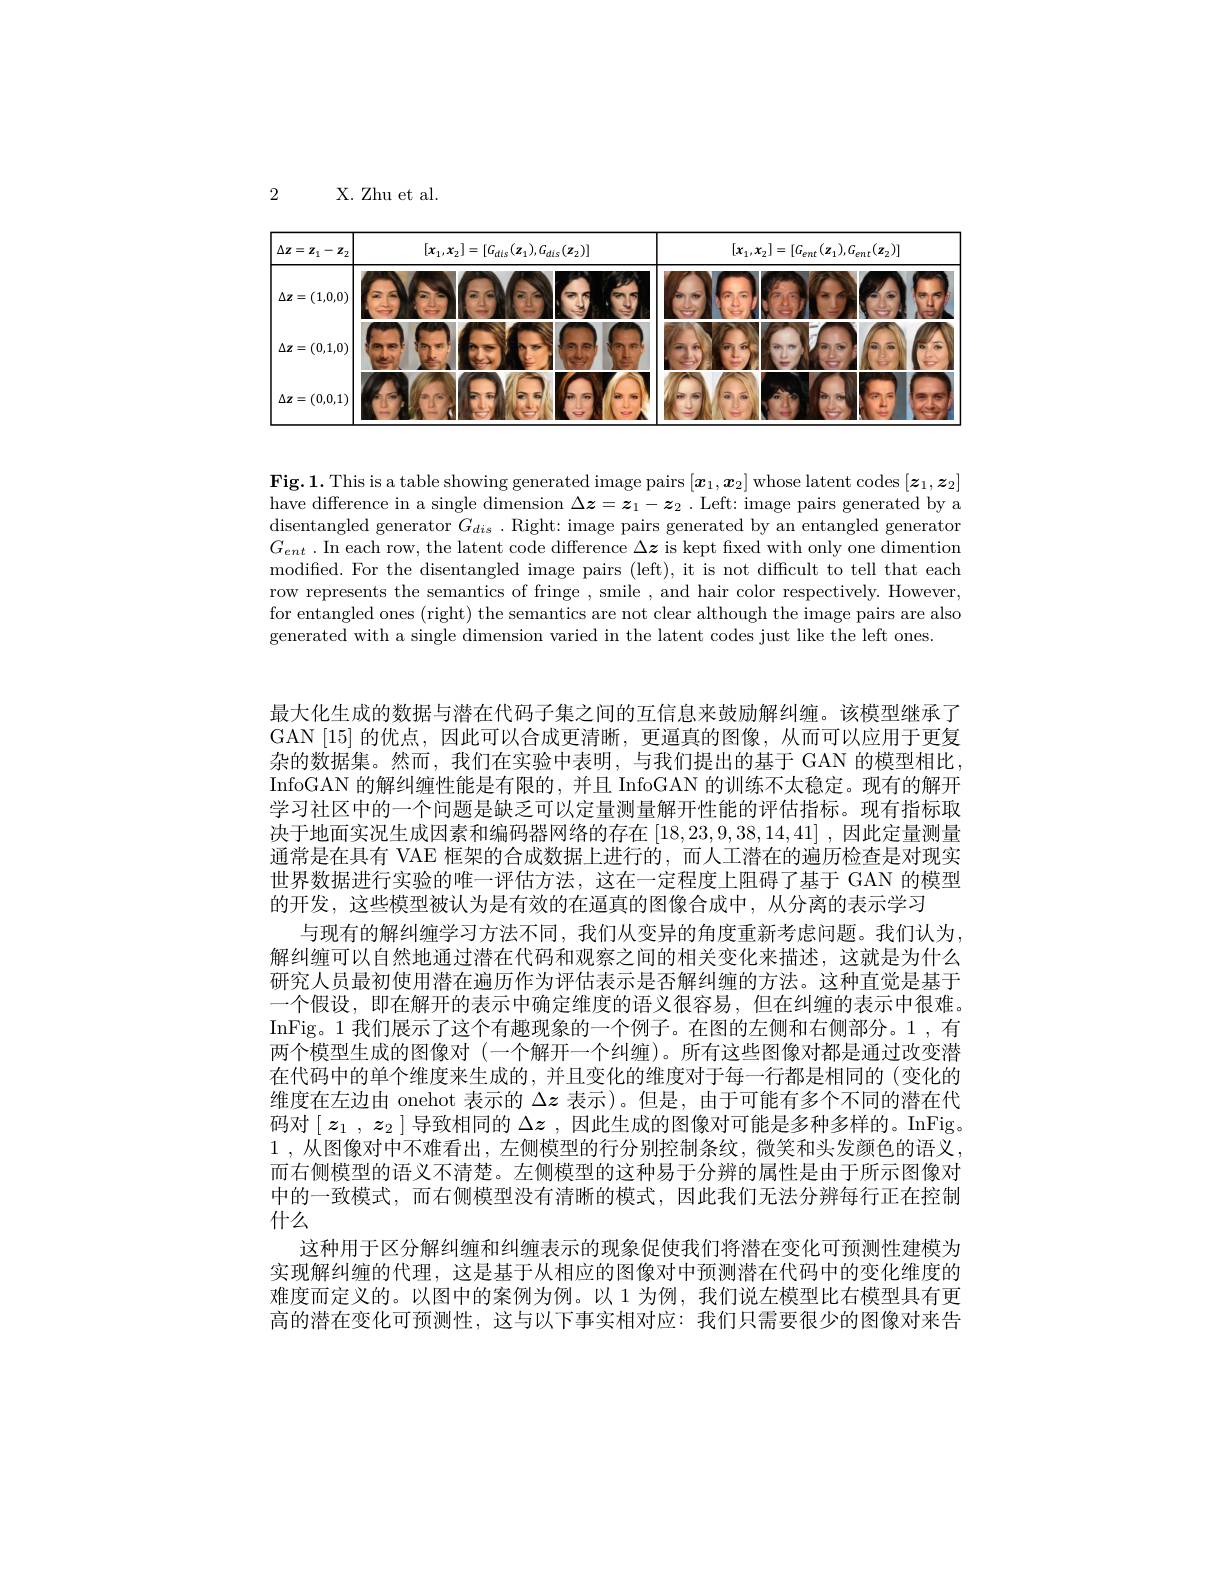
2

X. Zhu et al.

<table>
	<tbody>
		<tr>
			<th>$\Delta\mathbf{z}=\mathbf{z}_{1}-\mathbf{z}_{2}$</th>
			<th>$[x_{1},x_{2}]=[G_{dis}(z_{1}),G_{dis}(z_{2})]$</th>
			<th>$[x_{1},x_{2}]=[G_{\mathrm{ent}}(\mathbf{z}_{1}),G_{\mathrm{ent}}(\mathbf{z}_{2})]$</th>
		</tr>
		<tr>
			<td>$\Delta\mathbf{z}=(1,0,0)$</td>
			<td> </td>
			<td> </td>
		</tr>
		<tr>
			<td>$\Delta\mathbf{z}=(0,1,0)$</td>
			<td> </td>
			<td> </td>
		</tr>
		<tr>
			<td>$\Delta\mathbf{z}=(0,0,1)$</td>
			<td> </td>
			<td> </td>
		</tr>
	</tbody>
</table>

$\mathbf{Fig.1.This~is~a~table~showing~generated~image~pairs~}[\boldsymbol{x}_1,\boldsymbol{x}_2]$ whose latent codes $[\boldsymbol{z}_1,\boldsymbol{z}_2]$ have difference in a single dimension $\Delta\boldsymbol z=\boldsymbol z_1-\boldsymbol z_2$ .Left: image pairs generated by a disentangled generator $G_dis.$ Right: image pairs generated by an entangled generator $G_{ent}$ . In each row, the latent code difference $\Delta\boldsymbol z$ is kept fixed with only one dimention modified. For the disentangled image pairs (left), it is not diffcult to tell that each row represents the semantics of fringe , smile , and hair color respectively. However, for entangled ones (right) the semantics are not clear although the image pairs are also generated with a single dimension varied in the latent codes just like the left ones.

最大化生成的数据与潜在代码子集之间的互信息来鼓励解纠缠。该模型继承了GAN[15]的优点，因此可以合成更清晰，更逼真的图像，从而可以应用于更复杂的数据集。然而，我们在实验中表明，与我们提出的基于 GAN 的模型相比， InfoGAN 的解纠缠性能是有限的，并且 InfoGAN 的训练不太稳定。现有的解开学习社区中的一个问题是缺乏可以定量测量解开性能的评估指标。现有指标取决于地面实况生成因素和编码器网络的存在[18,23,9,38,14,41] ,因此定量测量通常是在具有 VAE 框架的合成数据上进行的，而人工潜在的遍历检查是对现实世界数据进行实验的唯一评估方法，这在一定程度上阻碍了基于 GAN 的模型的开发，这些模型被认为是有效的在逼真的图像合成中，从分离的表示学习
与现有的解纠缠学习方法不同，我们从变异的角度重新考虑问题。我们认为， 解纠缠可以自然地通过潜在代码和观察之间的相关变化来描述，这就是为什么研究人员最初使用潜在遍历作为评估表示是否解纠缠的方法。这种直觉是基于一个假设，即在解开的表示中确定维度的语义很容易，但在纠缠的表示中很难。InFig。1 我们展示了这个有趣现象的一个例子。在图的左侧和右侧部分。1,有两个模型生成的图像对 (一个解开一个纠缠)。所有这些图像对都是通过改变潜在代码中的单个维度来生成的，并且变化的维度对于每一行都是相同的(变化的维度在左边由 onehot 表示的$\Delta z$表示)。但是，由于可能有多个不同的潜在代码对$\left[\boldsymbol{z}_1,\boldsymbol{z}_2\right]$导致相同的 $\Delta\boldsymbol{z}$, 因此生成的图像对可能是多种多样的。InFig 1 , 从 图 像 对 中 不 难 看 出 , 左 侧 模 型 的 行 分 别 控 制 条 纹 , 微 笑 和 头 发 颜 色 的 语 义 , 而右侧模型的语义不清楚。左侧模型的这种易于分辨的属性是由于所示图像对中的一致模式，而右侧模型没有清晰的模式，因此我们无法分辨每行正在控制什么
这种用于区分解纠缠和纠缠表示的现象促使我们将潜在变化可预测性建模为实现解纠缠的代理，这是基于从相应的图像对中预测潜在代码中的变化维度的难度而定义的。以图中的案例为例。以 1 为例，我们说左模型比右模型具有更高的潜在变化可预测性，这与以下事实相对应：我们只需要很少的图像对来告